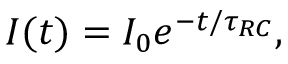
I ( t ) = I _ { 0 } e ^ { - t / \tau _ { R C } } ,